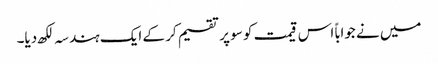
میں نے جواباً اس قیمت کو سو پر تقسیم کر کے ایک ہندسہ لکھ دیا۔